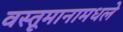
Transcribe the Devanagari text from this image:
वस्तूमानामधले